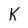
Character: K